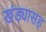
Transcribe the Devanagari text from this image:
खंड्यासह